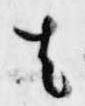
者